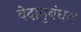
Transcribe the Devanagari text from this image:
वेदानुबंधन